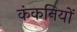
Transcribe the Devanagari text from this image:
कंकनियों